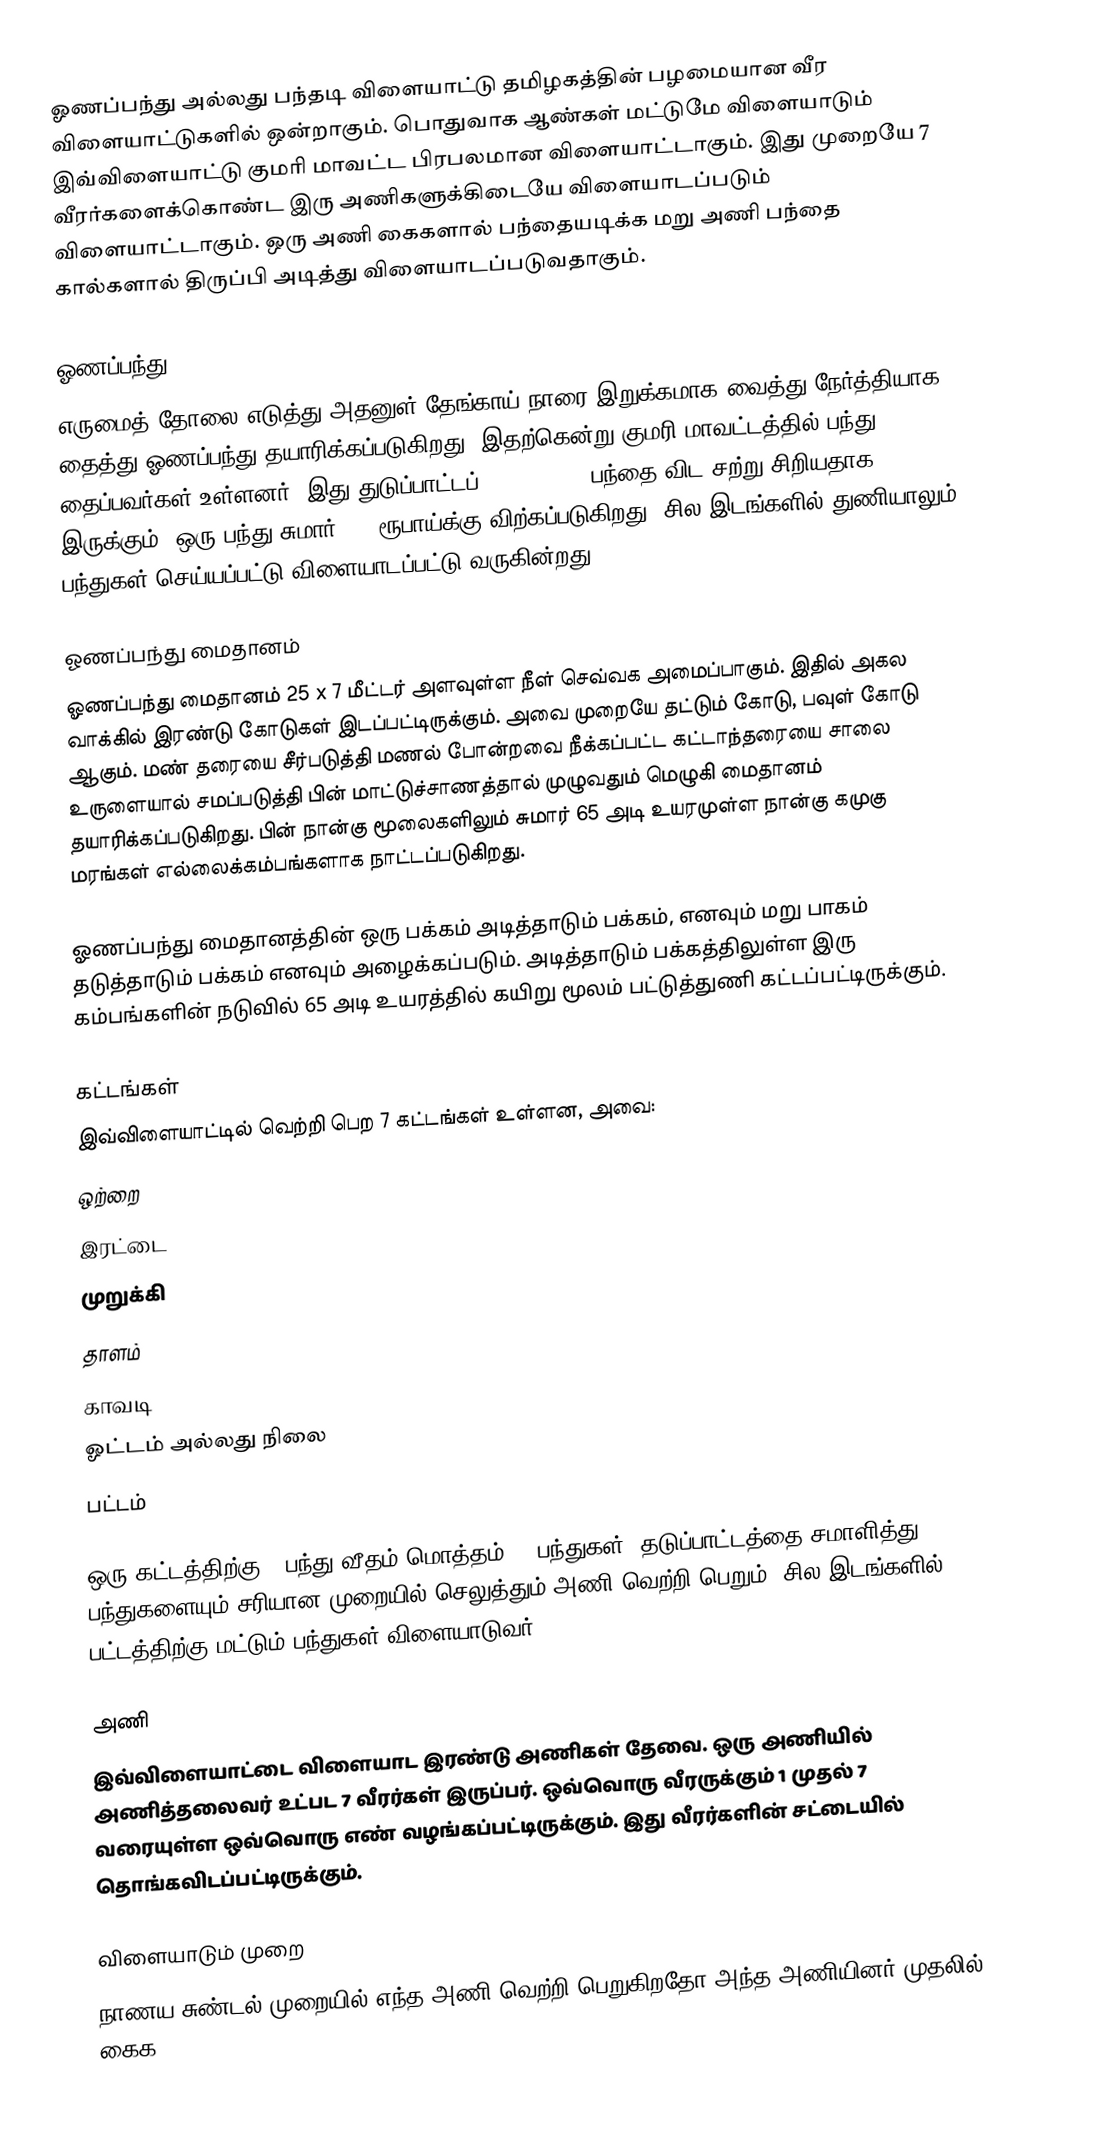
ஓணப்பந்து அல்லது பந்தடி விளையாட்டு தமிழகத்தின் பழமையான வீர விளையாட்டுகளில் ஒன்றாகும். பொதுவாக ஆண்கள் மட்டுமே விளையாடும் இவ்விளையாட்டு குமரி மாவட்ட பிரபலமான விளையாட்டாகும். இது முறையே 7 வீரர்களைக்கொண்ட இரு அணிகளுக்கிடையே விளையாடப்படும் விளையாட்டாகும். ஒரு அணி கைகளால் பந்தையடிக்க மறு அணி பந்தை கால்களால் திருப்பி அடித்து விளையாடப்படுவதாகும்.

ஓணப்பந்து
எருமைத் தோலை எடுத்து அதனுள் தேங்காய் நாரை இறுக்கமாக வைத்து நேர்த்தியாக தைத்து ஓணப்பந்து தயாரிக்கப்படுகிறது. இதற்கென்று குமரி மாவட்டத்தில் பந்து தைப்பவர்கள் உள்ளனர். இது துடுப்பாட்டப் ( Cricket ) பந்தை விட சற்று சிறியதாக இருக்கும். ஒரு பந்து சுமார் 200 ரூபாய்க்கு விற்கப்படுகிறது. சில இடங்களில் துணியாலும் பந்துகள் செய்யப்பட்டு விளையாடப்பட்டு வருகின்றது.

ஓணப்பந்து மைதானம்
ஓணப்பந்து மைதானம் 25 x 7 மீட்டர் அளவுள்ள நீள் செவ்வக அமைப்பாகும். இதில் அகல வாக்கில் இரண்டு கோடுகள் இடப்பட்டிருக்கும். அவை முறையே தட்டும் கோடு, பவுள் கோடு ஆகும். மண் தரையை சீர்படுத்தி மணல் போன்றவை நீக்கப்பட்ட கட்டாந்தரையை சாலை உருளையால் சமப்படுத்தி பின் மாட்டுச்சாணத்தால் முழுவதும் மெழுகி மைதானம் தயாரிக்கப்படுகிறது. பின் நான்கு மூலைகளிலும் சுமார் 65 அடி உயரமுள்ள நான்கு கமுகு மரங்கள் எல்லைக்கம்பங்களாக நாட்டப்படுகிறது.

ஓணப்பந்து மைதானத்தின் ஒரு பக்கம் அடித்தாடும் பக்கம், எனவும் மறு பாகம் தடுத்தாடும் பக்கம் எனவும் அழைக்கப்படும். அடித்தாடும் பக்கத்திலுள்ள இரு கம்பங்களின் நடுவில் 65 அடி உயரத்தில் கயிறு மூலம் பட்டுத்துணி கட்டப்பட்டிருக்கும்.

கட்டங்கள்
இவ்விளையாட்டில் வெற்றி பெற 7 கட்டங்கள் உள்ளன, அவை:
ஒற்றை
இரட்டை
முறுக்கி
தாளம்
காவடி
ஓட்டம் அல்லது நிலை
பட்டம்

ஒரு கட்டத்திற்கு 3 பந்து வீதம் மொத்தம் 21 பந்துகள். தடுப்பாட்டத்தை சமாளித்து 21 பந்துகளையும் சரியான முறையில் செலுத்தும் அணி வெற்றி பெறும். சில இடங்களில் பட்டத்திற்கு மட்டும்  பந்துகள் விளையாடுவர்.

அணி
இவ்விளையாட்டை விளையாட இரண்டு அணிகள் தேவை. ஒரு அணியில் அணித்தலைவர் உட்பட 7 வீரர்கள் இருப்பர். ஒவ்வொரு வீரருக்கும் 1 முதல் 7 வரையுள்ள ஒவ்வொரு எண் வழங்கப்பட்டிருக்கும். இது வீரர்களின் சட்டையில் தொங்கவிடப்பட்டிருக்கும்.

விளையாடும் முறை
நாணய சுண்டல் முறையில் எந்த அணி வெற்றி பெறுகிறதோ அந்த அணியினர் முதலில் கைக